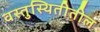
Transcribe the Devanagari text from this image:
वस्तुस्थितीतील